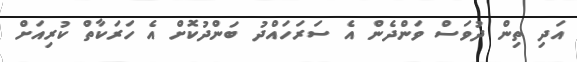
އަދި ތިން ދުވަސް ވަންދެން އެ ސަރަހައްދު ބަންދުކޮށް އެ ހަރަކާތް ކުރިއަށް